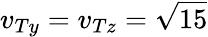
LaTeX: v_{Ty}=v_{Tz}=\sqrt{15}